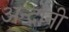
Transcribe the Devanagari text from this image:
अन्दोनी